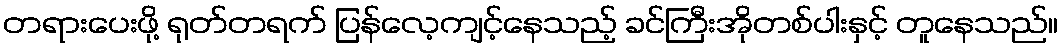
တရားပေးဖို့ ရုတ်တရက် ပြန်လေ့ကျင့်နေသည့် ခင်ကြီးအိုတစ်ပါးနှင့် တူနေသည်။